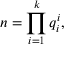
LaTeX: n = \prod _ { i = 1 } ^ { k } q _ { i } ^ { i } ,